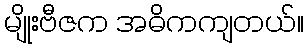
မျိုးဗီဇက အဓိကကျတယ်။